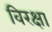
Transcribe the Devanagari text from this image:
विरक्षा